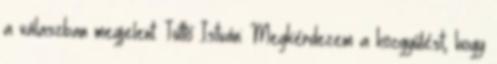
a válaszban megjelent. Tüttő István: Megkérdezem a közgyűlést, hogy